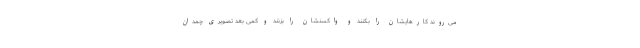
می‌روند کارهایشان را بکنند و واکسنشان را بزنند و کمی بعد تصویری چمدان